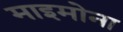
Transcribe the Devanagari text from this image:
माइमोना